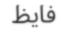
فايظ